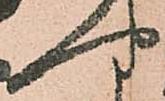
や